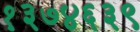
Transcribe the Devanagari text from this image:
१३७४६३९